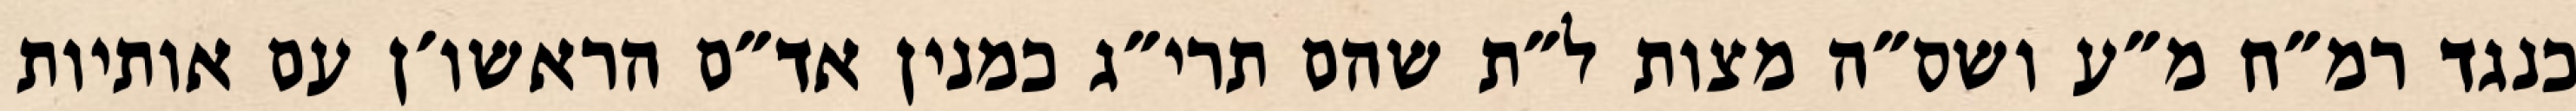
כנגד רמ״ח מ״ע ושס״ה מצות ל״ת שהם תרי״ג כמנין אד״ם הראשו׳ן עם אותיות